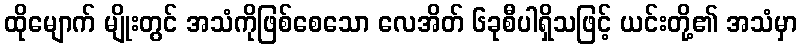
ထိုမျောက် မျိုးတွင် အသံကိုဖြစ်စေသော လေအိတ် ၆ခုစီပါရှိသဖြင့် ယင်းတို့၏ အသံမှာ